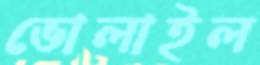
ভোলাইল